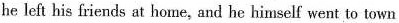
he left his friends at home, and he himself went to town